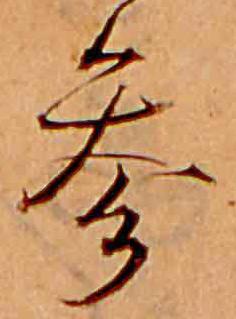
参